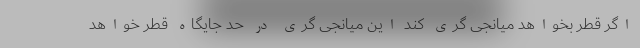
اگر قطر بخواهد میانجی گری کند این میانجی گری در حد جایگاه قطر خواهد